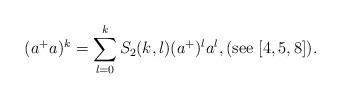
LaTeX: \begin{align*}(a^{+}a)^{k}=\sum_{l=0}^{k}S_{2}(k,l)(a^{+})^{l}a^{l},(\mathrm{see}\ [4,5,8]). \end{align*}